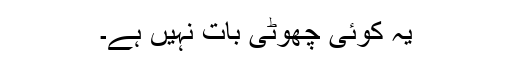
یہ کوئی چھوٹی بات نہیں ہے۔